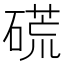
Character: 𥔾